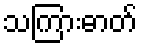
သကြားဓာတ်